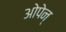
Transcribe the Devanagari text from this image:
ओपेन्